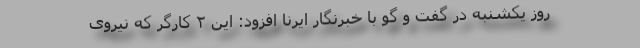
روز یکشنبه در گفت و گو با خبرنگار ایرنا افزود: این ۲ کارگر که نیروی